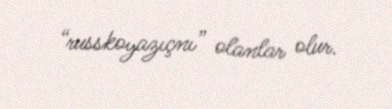
“russkoyazıçnı” olanlar olur.